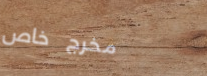
مخرج خاص